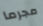
مجرما